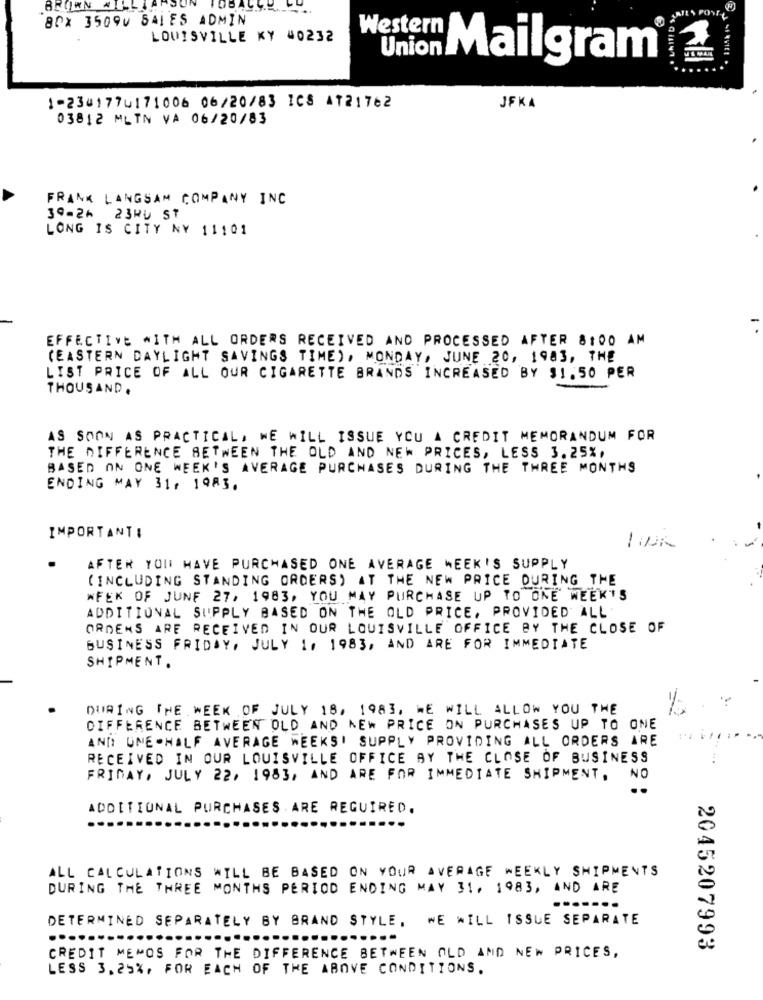
MIES POYIL
80X 35090 SALES ADMIN
LOUISVILLE KY #0232
Union
Western Mailgram
1-234177u171006 06/20/83 ICS AT21762
JFKA
03812 MLTN VA 06/20/83
FRANK LANGSAM COMPANY INC
30-2 23HU ST
LONG IS CITY NY 11101
EFFECTIVE WITH ALL ORDERS RECEIVED AND PROCESSED AFTER 8:00 AM
(EASTERN DAYLIGHT SAVINGS TIME), MONDAY, JUNE 20, 1983, THE
LIST PRICE OF ALL OUR CIGARETTE BRANDS INCREASED BY 31.50 PER
THOUSAND.
AS SOON AS PRACTICAL, WE WILL ISSUE YOU A CREDIT MEMORANDUM FOR
THE DIFFERENCE BETWEEN THE OLD AND NEW PRICES, LESS 3.25%,
BASED ON ONE WEEK'S AVERAGE PURCHASES DURING THE THREE MONTHS
ENDING MAY 31, 1983.
IMPORTANT:
-
AFTER YOU HAVE PURCHASED ONE AVERAGE WEEK'S SUPPLY
(INCLUDING STANDING ORDERS) AT THE NEW PRICE DURING THE
WEEK OF JUNE 27, 1983, YOU MAY PURCHASE UP TO ONE WEEK'S
ADDITIONAL SUPPLY BASED ON THE OLD PRICE, PROVIDED ALL'
ORDENS ARE RECEIVED IN OUR LOUISVILLE OFFICE BY THE CLOSE OF
BUSINESS FRIDAY, JULY 1, 1983, AND ARE FOR IMMEDIATE
SHIPMENT.
DURING THE WEEK OF JULY 18, 1983, WE WILL ALLOW YOU THE
DIFFERENCE BETWEEN OLD AND NEW PRICE ON PURCHASES UP TO ONE
AND: UNE -HALF AVERAGE WEEKS! SUPPLY PROVIDING ALL ORDERS ARE
RECEIVED IN OUR LOUISVILLE OFFICE BY THE CLOSE OF BUSINESS
FRIDAY, JULY 22, 1983, AND ARE FOR IMMEDIATE SHIPMENT, NO
ADDITIONAL PURCHASES ARE REGUIRED.
ALL CALCULATIONS WILL BE BASED ON YOUR AVERAGE WEEKLY SHIPMENTS
DURING THE THREE MONTHS PERIOD ENDING MAY 31, 1983, AND ARE
DETERMINED SEPARATELY BY BRAND STYLE, WE WILL ISSUE SEPARATE
2045207993
CREDIT MENOS FOR THE DIFFERENCE BETWEEN OLD AND NEW PRICES,
LESS 3.25%, FOR EACH OF THE ABOVE CONDITIONS.